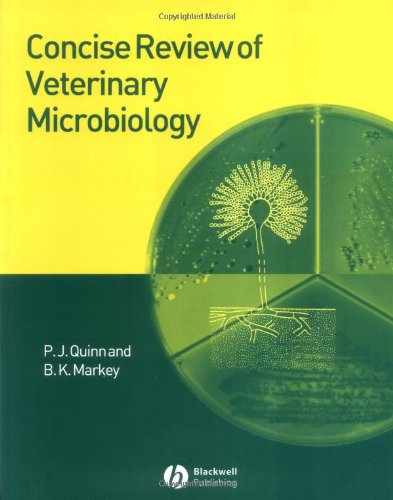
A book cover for Concise Review of Veterinary Microbiology; P. J. Quinn; Medical Books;